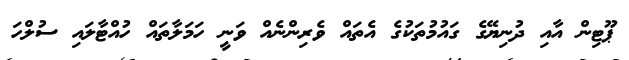
ޕޫޓިން އާއި ދުނިޔޭގެ ގައުމުތަކުގެ އެތައް ވެރިންނެއް ވަނީ ހަމަލާތައް ހުއްޓާލައި ސުލްހަ